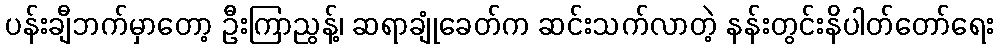
ပန်းချီဘက်မှာတော့ ဦးကြာညွန့်၊ ဆရာချုံခေတ်က ဆင်းသက်လာတဲ့ နန်းတွင်းနိပါတ်တော်ရေး